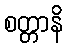
စတ္တာနိ